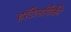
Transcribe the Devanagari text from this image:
हॉटेलांपैकी